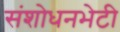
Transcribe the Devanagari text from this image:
संशोधनभेटी